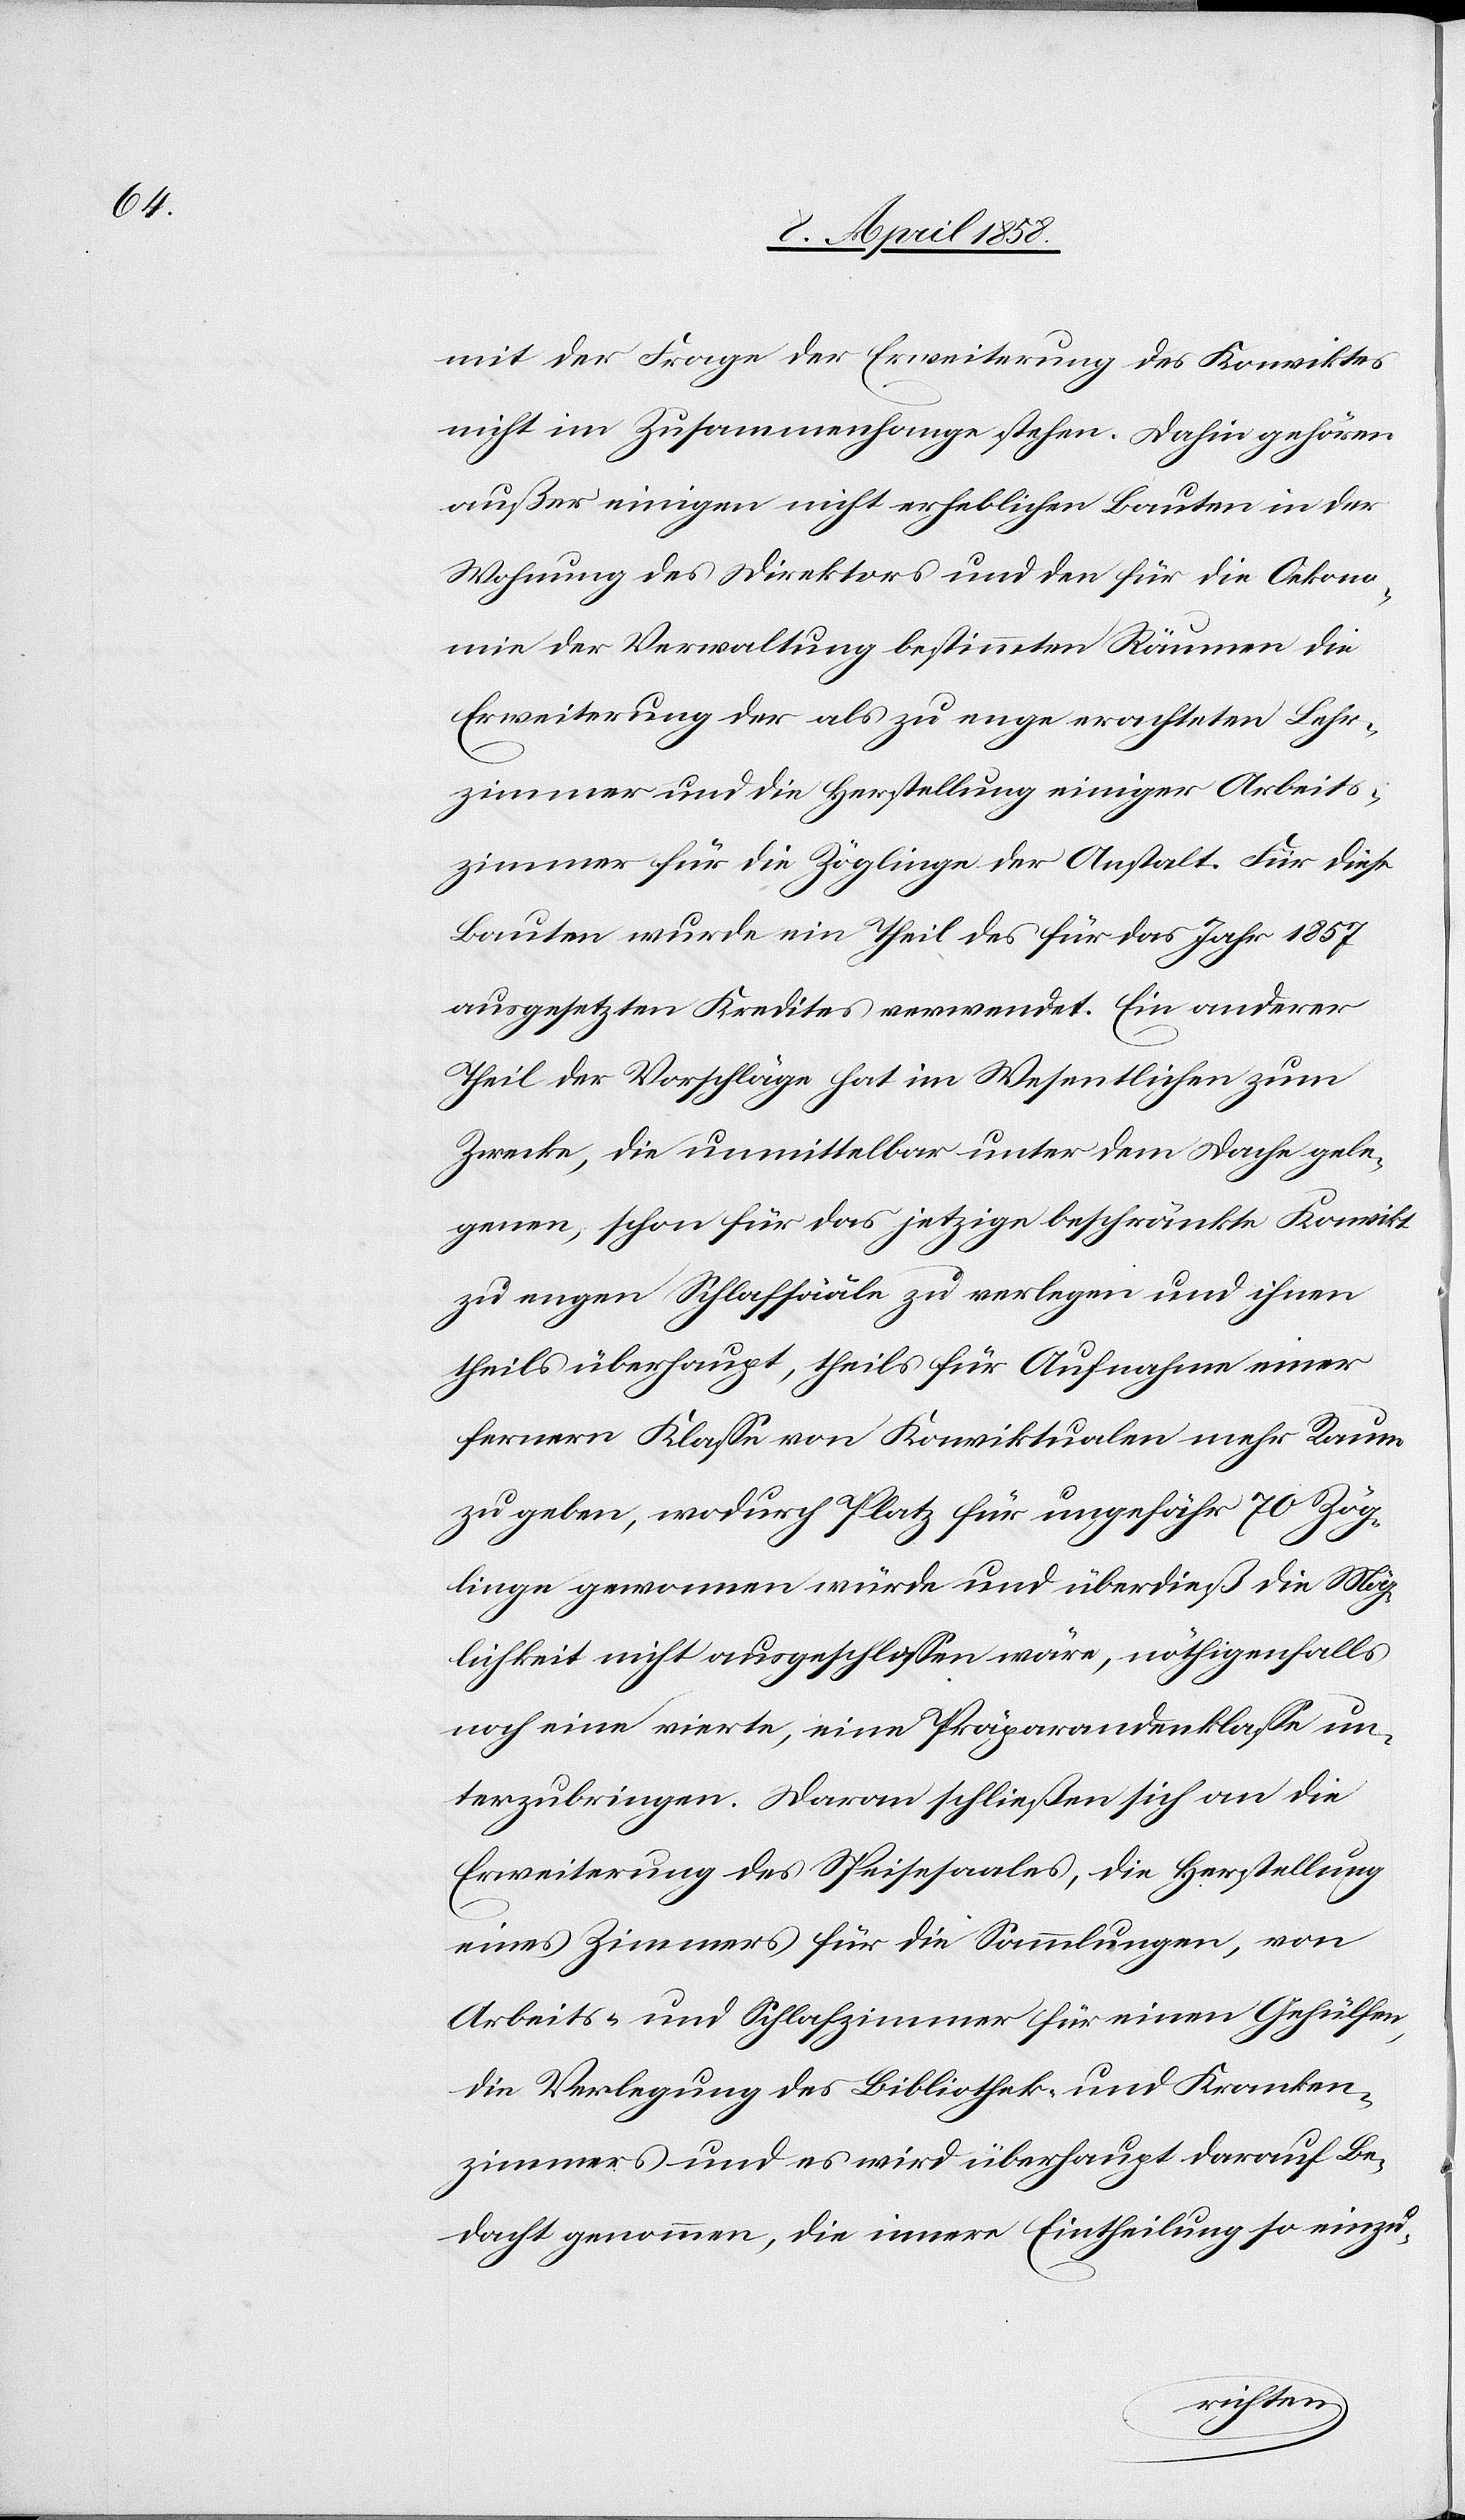
mit der Frage der Erweiterung des Konviktes
nicht im Zusammenhange stehen. Dahin gehören
außer einigen nicht erheblichen Bauten in der
Wohnung des Direktors und den für die Oekono¬
mie der Verwaltung bestimmten Räumen die
Erweiterung der als zu enge erachteten Lehr¬
zimmer und die Herstellung einiger Arbeits¬
zimmer für die Zöglinge der Anstalt. Für diese
Bauten wurde ein Theil des für das Jahr 1857
ausgesetzten Kredites verwendet. Ein anderer
Theil der Vorschläge hat im Wesentlichen zum
Zwecke, die unmittelbar unter dem Dache gele¬
genen, schon für das jetzige beschränkte Konvikt
zu engen Schlafsääle zu verlegen und ihnen
theils überhaupt, theils für Aufnahme einer
fernern Klasse von Koviktualen mehr Raum
zu geben, wodurch Platz für ungefähr 70 Zög¬
linge gewonnen würde und überdieß die Mög¬
lichkeit nicht ausgeschlossen wäre, nöthigenfalls
noch eine vierte, eine Präparandenklasse un¬
terzubringen. Daran schließen sich an die
Erweiterung des Speisesaales, die Herstellung
eines Zimmers für die Sammlungen, von
Arbeits- und Schlafzimmer für einen Gehülfen,
die Verlegung des Bibliothek- und Kranken¬
zimmers und es wird überhaupt darauf Be¬
dacht genommen, die innere Eintheilung so einzu-